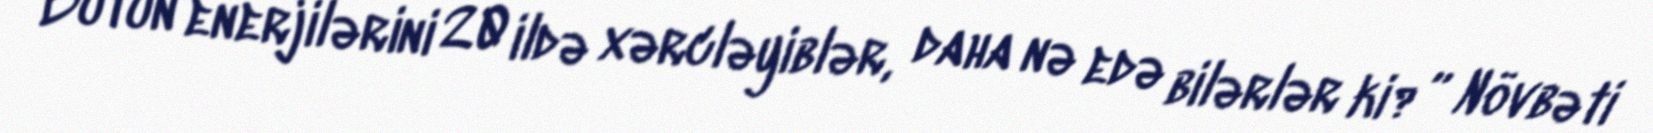
Bütün enerjilərini 20 ildə xərcləyiblər, daha nə edə bilərlər ki?” Növbəti